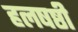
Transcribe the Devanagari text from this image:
हलषष्ठी